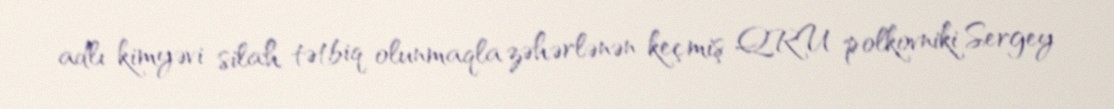
adlı kimyəvi silah tətbiq olunmaqla zəhərlənən keçmiş QRU polkovniki Sergey